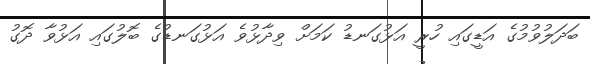
ބަދަލުވުމުގެ އަޑީގައި ހުރީ އަޅުގަނޑު ކަމަށް ވިދާޅުވެ އަޅުގަނޑުގެ ބޮލުގައި އަޅުވާ ދޮގު